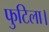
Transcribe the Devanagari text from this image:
फुटिला।